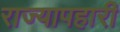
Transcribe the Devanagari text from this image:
राज्यापहारी